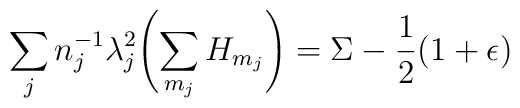
\sum_j n_j^{-1} \lambda_j^2\Biggl(\sum_{m_j} H_{m_j}\Biggr)=\Sigma-\frac{1}{2} (1+\epsilon)